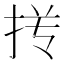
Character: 𰓢